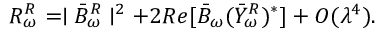
R _ { \omega } ^ { R } = \mid \bar { B } _ { \omega } ^ { R } \mid ^ { 2 } + 2 R e [ \bar { B } _ { \omega } ( \bar { Y } _ { \omega } ^ { R } ) ^ { \ast } ] + { \cal O } ( \lambda ^ { 4 } ) .